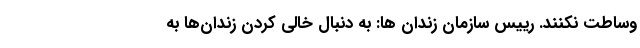
وساطت نکنند. رییس سازمان زندان ها: به دنبال خالی کردن زندان‌ها به